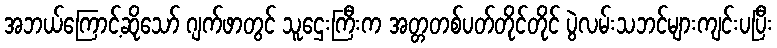
အဘယ်ကြောင့်ဆိုသော် ဂျက်ဖာတွင် သူဌေးကြီးက အတ္တတစ်ပတ်တိုင်တိုင် ပွဲလမ်းသဘင်များကျင်းပပြီး